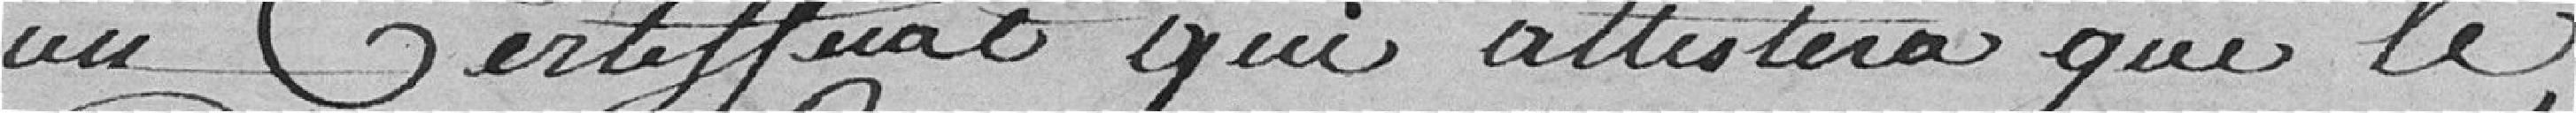
au certificat qui attestera que le